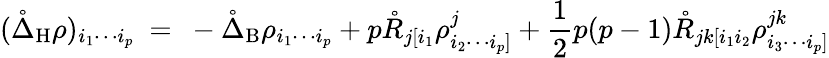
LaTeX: (\mathring{\Delta}_{\mathrm{H}}\rho)_{i_{1}\cdots i_{p}}\ =\ -\mathring{\Delta}_{\mathrm{B}}\rho_{i_{1}\cdots i_{p}}+p\mathring{R}_{j[i_{1}}\rho^{j}_{i_{2}\cdots i_{p}]}+\frac 12p(p-1)\mathring{R}_{jk[i_{1}i_{2}}\rho^{jk}_{i_{3}\cdots i_{p}]}